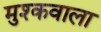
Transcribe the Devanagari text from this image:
मुश्कवाला